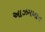
આઝમખાન